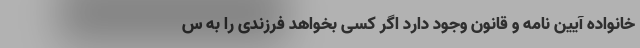
خانواده آیین نامه و قانون وجود دارد اگر کسی بخواهد فرزندی را به س